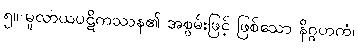
၅။ မူလာယပဋိကဿန၏ အစွမ်းဖြင့် ဖြစ်သော နိဂ္ဂဟကံ၊